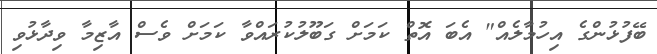
ބޭފުޅުންގެ އިހުމާލެއް" އެބަ އޮތް ކަމަށް ގަބޫލުކުރައްވާ ކަމަށް ވެސް އާޒިމާ ވިދާޅުވި